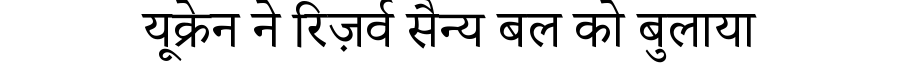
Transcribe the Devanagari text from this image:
यूक्रेन ने रिज़र्व सैन्य बल को बुलाया